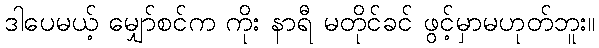
ဒါပေမယ့် မျှော်စင်က ကိုး နာရီ မတိုင်ခင် ဖွင့်မှာမဟုတ်ဘူး။